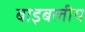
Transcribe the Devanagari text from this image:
बाइबलीय